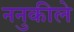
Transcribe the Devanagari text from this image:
ननुकीले